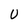
Character: U